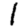
Digit: 1